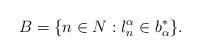
LaTeX: \begin{align*}B=\{n\in N: l_n^\alpha \in b_\alpha^* \}. \end{align*}